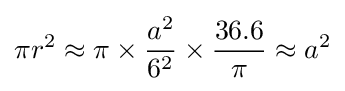
{\pi }r^{2}\approx \pi \times {a^{2} \over 6^{2}}\times {36.6 \over \pi }\approx a^{2}